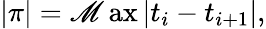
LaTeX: |\pi|=\operatorname*{\mathscr{M}ax}\left|t_{i}-t_{i+1}\right|,